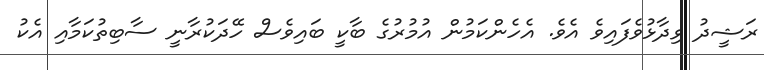
ރަޝީދު ވިދާޅުވެފައިވެ އެވެ. އެހެންކަމުން އުމުރުގެ ބާކީ ބައިވެސް ހޭދަކުރާނީ ސާބިތުކަމާއި އެކު